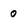
Character: 0